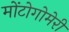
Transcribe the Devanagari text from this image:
मोंटोगोमेरी